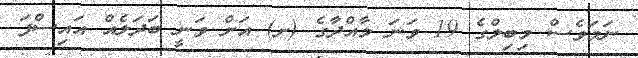
ނަމަވެސް މިބިލްގެ 19 ވަނަ މާއްދާގެ (ށ) އަށް ވަނީ ބަދަލެއް އައިސްފަ